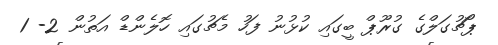
ޕޯޗުގަލްގެ ގުރޫޕް ބީގައި ކުޅުނު ފަހު މެޗުގައި ހޮލެންޑް އަތުން 2- 1